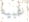
غبيه